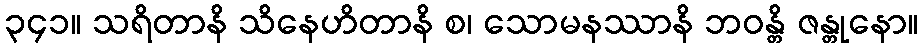
၃၄၁။ သရိတာနိ သိနေဟိတာနိ စ၊ သောမနဿာနိ ဘဝန္တိ ဇန္တုနော။